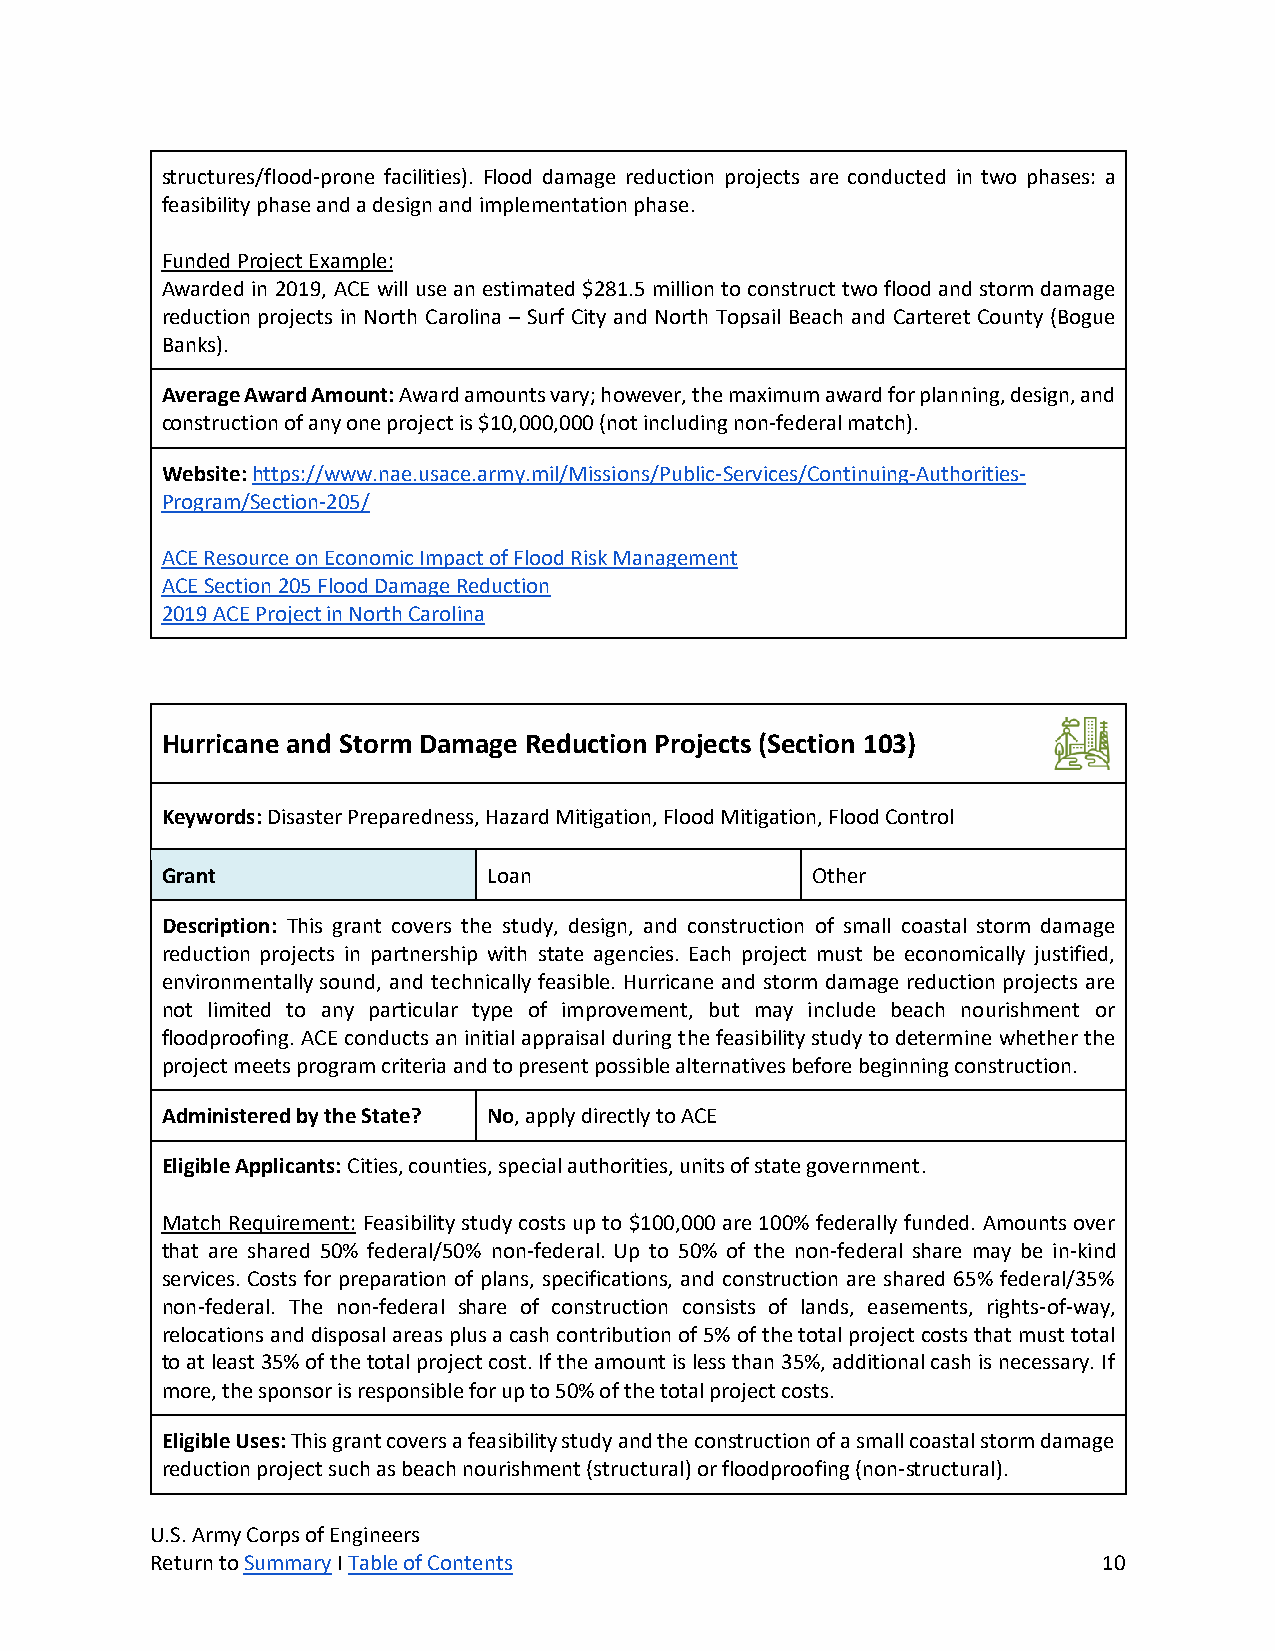
structures/flood-prone facilities). Flood damage reduction projects are conducted in two phases: a
 feasibility phase and a design and implementation phase.
 Funded Project Example:
 Awarded in 2019, ACE will use an estimated $281.5 million to construct two flood and storm damage
 reduction projects in North Carolina – Surf City and North Topsail Beach and Carteret County (Bogue
 Banks).
 Average Award Amount: Award amounts vary; however, the maximum award for planning, design, and
 construction of any one project is $10,000,000 (not including non-federal match).
 Website: https://www.nae.usace.army.mil/Missions/Public-Services/Continuing-Authorities-
 Program/Section-205/
 ACE Resource on Economic Impact of Flood Risk Management
 ACE Section 205 Flood Damage Reduction
 2019 ACE Project in North Carolina
 Hurricane and Storm Damage Reduction Projects (Section 103)
 Keywords: Disaster Preparedness, Hazard Mitigation, Flood Mitigation, Flood Control
 Grant                Loan                  Other
 Description: This grant covers the study, design, and construction of small coastal storm damage
 reduction projects in partnership with state agencies. Each project must be economically justified,
 environmentally sound, and technically feasible. Hurricane and storm damage reduction projects are
 not limited to any particular type of improvement, but may include beach nourishment or
 floodproofing. ACE conducts an initial appraisal during the feasibility study to determine whether the
 project meets program criteria and to present possible alternatives before beginning construction.
 Administered by the State? No, apply directly to ACE
 Eligible Applicants: Cities, counties, special authorities, units of state government.
 Match Requirement: Feasibility study costs up to $100,000 are 100% federally funded. Amounts over
 that are shared 50% federal/50% non-federal. Up to 50% of the non-federal share may be in-kind
 services. Costs for preparation of plans, specifications, and construction are shared 65% federal/35%
 non-federal. The non-federal share of construction consists of lands, easements, rights-of-way,
 relocations and disposal areas plus a cash contribution of 5% of the total project costs that must total
 to at least 35% of the total project cost. If the amount is less than 35%, additional cash is necessary. If
 more, the sponsor is responsible for up to 50% of the total project costs.
 Eligible Uses: This grant covers a feasibility study and the construction of a small coastal storm damage
 reduction project such as beach nourishment (structural) or floodproofing (non-structural).
 U.S. Army Corps of Engineers
 Return to Summary I Table of Contents                          10